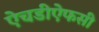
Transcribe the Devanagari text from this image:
ऐचडीऐफसी